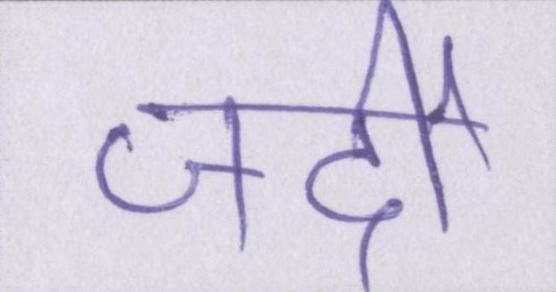
जर्दी